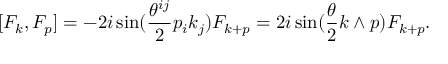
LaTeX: [ { \cal F } _ { k } , { \cal F } _ { p } ] = - 2 i \sin ( \frac { \theta ^ { i j } } { 2 } p _ { i } k _ { j } ) { \cal F } _ { k + p } = 2 i \sin ( \frac { \theta } { 2 } k \wedge p ) { \cal F } _ { k + p } .